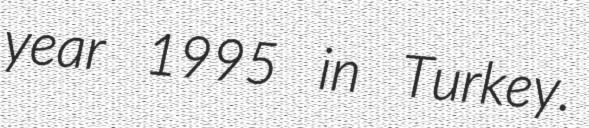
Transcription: year 1995 in Turkey.